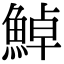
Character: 𩷹